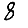
Digit: 8